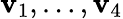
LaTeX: \mathbf{v}_{1},\ldots,\mathbf{v}_{4}